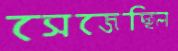
সেজেছিল